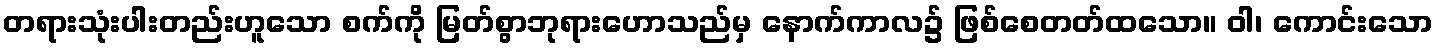
တရားသုံးပါးတည်းဟူသော စက်ကို မြတ်စွာဘုရားဟောသည်မှ နောက်ကာလ၌ ဖြစ်စေတတ်ထသော။ ဝါ၊ ကောင်းသော